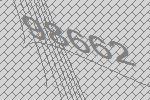
98662